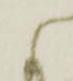
候